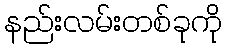
နည်းလမ်းတစ်ခုကို